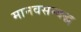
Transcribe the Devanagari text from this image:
मानवसम्बद्ध